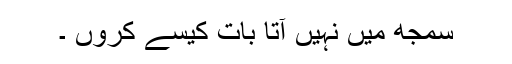
سمجھ میں نہیں آتا بات کیسے کروں ۔